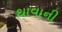
થાવાની